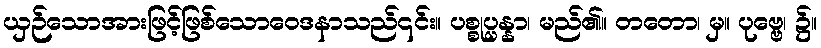
ယှဉ်သောအားဖြင့်ဖြစ်သောဝေဒနာသည်၎င်း။ ပစ္စုပ္ပန္နာ၊ မည်၏။ တတော၊ မှ။ ပုဗ္ဗေ၊ ၌။